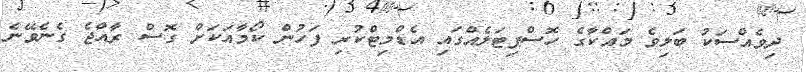
ދިވެއްސަކު ބަލިވެ މައްކާގެ ހޮސްޕިޓަލެއްގައި އެޑްމިޓްކުރި ފަހުން ކޯމާއަކަށް ގޮސް ރާއްޖެ ގެނެވޭނެ